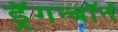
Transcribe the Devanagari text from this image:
ड्रॅगन्बॉर्न